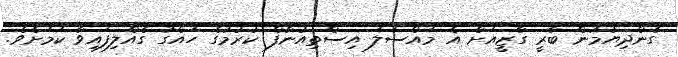
ގެންދިޔުމުން ބާރީ ގާޒީއަށް އެ މައްސަލަ އިސްތިއުނާފް ކުރުމުގެ ހައްގު ގެއްލިފައިވާ ކަމަށެވެ.